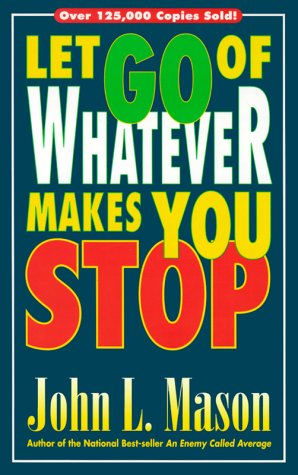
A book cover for Let Go Of Whatever Makes You Stop; John Mason; Christian Books & Bibles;